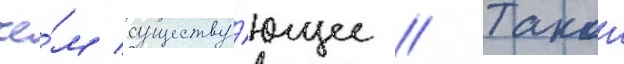
че́м существу́ющее // Такои